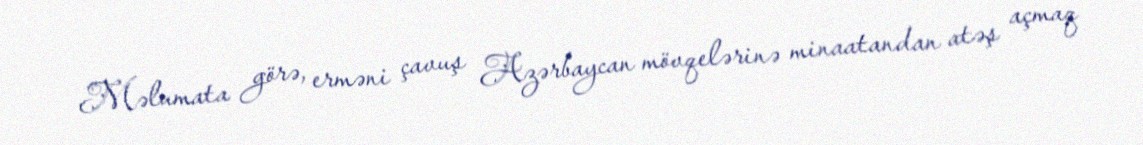
Məlumata görə, erməni çavuş Azərbaycan mövqelərinə minaatandan atəş açmaq